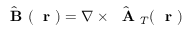
\hat { \mathrm { ~ \bf ~ B ~ } } ( \mathrm { ~ \bf ~ r ~ } ) = \nabla \times \hat { \mathrm { ~ \bf ~ A ~ } } _ { T } ( \mathrm { ~ \bf ~ r ~ } )